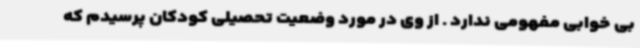
بی خوابی مفهومی ندارد . از وی در مورد وضعیت تحصیلی کودکان پرسیدم که